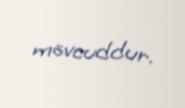
mövcuddur.